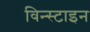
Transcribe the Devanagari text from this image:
विन्स्टाइन